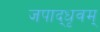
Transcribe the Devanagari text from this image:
जपाद्‌धृवम्